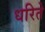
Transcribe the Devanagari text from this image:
धरिते